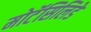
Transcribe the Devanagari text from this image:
मोटॅसिलिडे